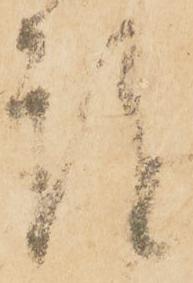
謹